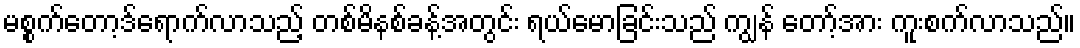
မစ္စက်တော့ဒ်ရောက်လာသည့် တစ်မိနစ်ခန့်အတွင်း ရယ်မောခြင်းသည် ကျွန် တော့်အား ကူးစက်လာသည်။